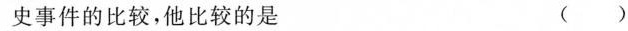
史事件的比较，他比较的是 ( )